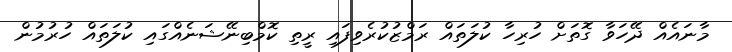
މާނައެއް ދޭހަވާ ގޮތަށް ހުރިހާ ކުލަތައް ރަމްޒުކުރެވިފައި ރީތި ކޮމްބިނޭޝަނެއްގައި ކުލަތައް ހުރުމުން